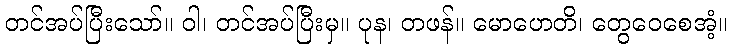
တင်အပ်ပြီးသော်။ ဝါ၊ တင်အပ်ပြီးမှ။ ပုန၊ တဖန်။ မောဟေတိ၊ တွေဝေစေအံ့။